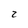
Character: 2